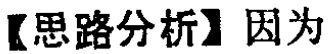
【思路分析】因为